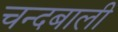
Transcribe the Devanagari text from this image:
चन्दबाली